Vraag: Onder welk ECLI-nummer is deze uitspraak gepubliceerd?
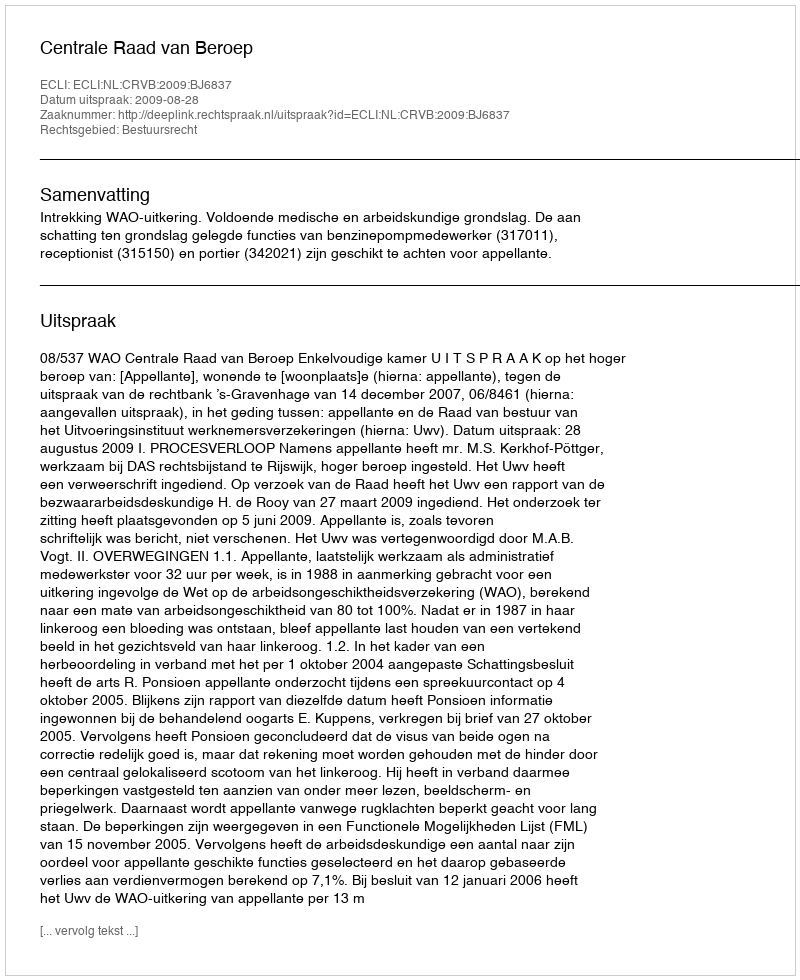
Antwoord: ECLI:NL:CRVB:2009:BJ6837